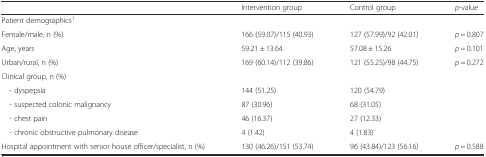
|  | Intervention group | Control group | p-value |
 | --- | --- | --- | --- |
 | <COLSPAN=4> Patient demographics1 |
 | Female/male, n (%) | 166 (59.07)/115 (40.93) | 127 (57.99)/92 (42.01) | p = 0.807 |
 | Age, years | 59.21 ± 13.64 | 57.08 ± 15.26 | p = 0.101 |
 | Urban/rural, n (%) | 169 (60.14)/112 (39.86) | 121 (55.25)/98 (44.75) | p = 0.272 |
 | Clinical group, n (%) |  |  |  |
 | - dyspepsia | 144 (51.25) | 120 (54.79) |  |
 | - suspected colonic malignancy | 87 (30.96) | 68 (31.05) |  |
 | - chest pain | 46 (16.37) | 27 (12.33) |  |
 | - chronic obstructive pulmonary disease | 4 (1.42) | 4 (1.83) |  |
 | Hospital appointment with senior house officer/specialist, n (%) | 130 (46.26)/151 (53.74) | 96 (43.84)/123 (56.16) | p = 0.588 |